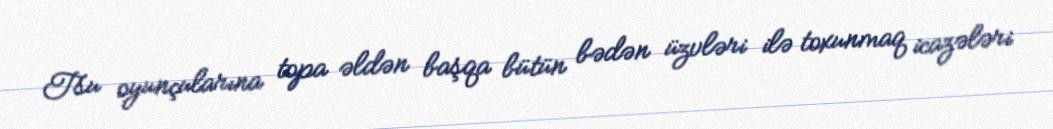
Tsu oyunçularına topa əldən başqa bütün bədən üzvləri ilə toxunmaq icazələri